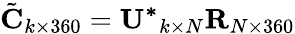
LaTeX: \tilde{\mathbf{C}}_{k\times 360}=\mathbf{U^{*}{}}_{k\times N}\mathbf{R}_{N\times 360}